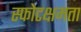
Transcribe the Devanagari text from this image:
स्फोटक्षमता